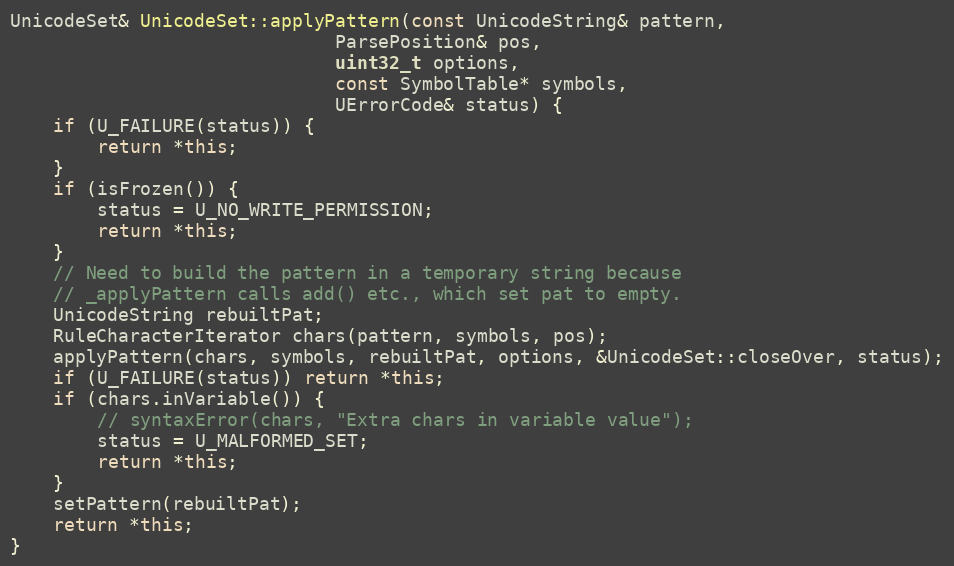
Language: C++
UnicodeSet& UnicodeSet::applyPattern(const UnicodeString& pattern,
                              ParsePosition& pos,
                              uint32_t options,
                              const SymbolTable* symbols,
                              UErrorCode& status) {
    if (U_FAILURE(status)) {
        return *this;
    }
    if (isFrozen()) {
        status = U_NO_WRITE_PERMISSION;
        return *this;
    }
    // Need to build the pattern in a temporary string because
    // _applyPattern calls add() etc., which set pat to empty.
    UnicodeString rebuiltPat;
    RuleCharacterIterator chars(pattern, symbols, pos);
    applyPattern(chars, symbols, rebuiltPat, options, &UnicodeSet::closeOver, status);
    if (U_FAILURE(status)) return *this;
    if (chars.inVariable()) {
        // syntaxError(chars, "Extra chars in variable value");
        status = U_MALFORMED_SET;
        return *this;
    }
    setPattern(rebuiltPat);
    return *this;
}